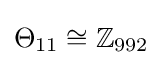
\Theta _{11}\cong \mathbb {Z} _{992}